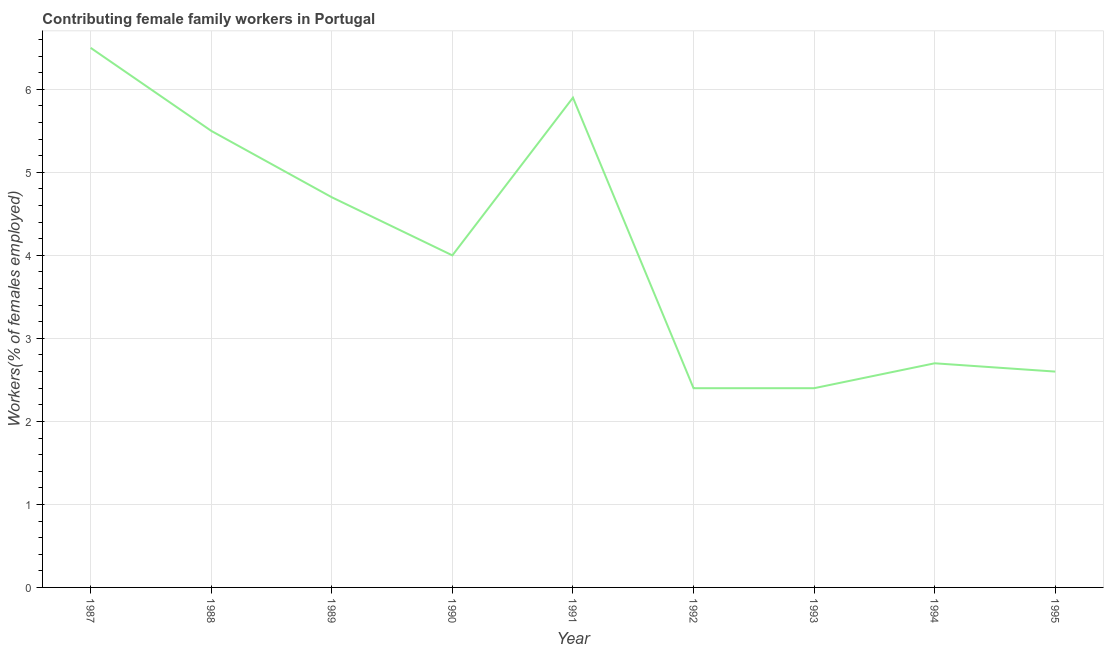
| Year | Contributing family workers |
 | --- | --- |
 | 1987 | 6.5 |
 | 1988 | 5.5 |
 | 1989 | 4.7 |
 | 1990 | 4 |
 | 1991 | 5.9 |
 | 1992 | 2.4 |
 | 1993 | 2.4 |
 | 1994 | 2.7 |
 | 1995 | 2.6 |